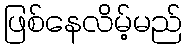
ဖြစ်နေလိမ့်မည်